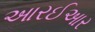
આરઈઆર